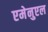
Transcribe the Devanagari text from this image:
एमेनुएल